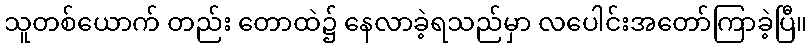
သူတစ်ယောက် တည်း တောထဲ၌ နေလာခဲ့ရသည်မှာ လပေါင်းအတော်ကြာခဲ့ပြီ။